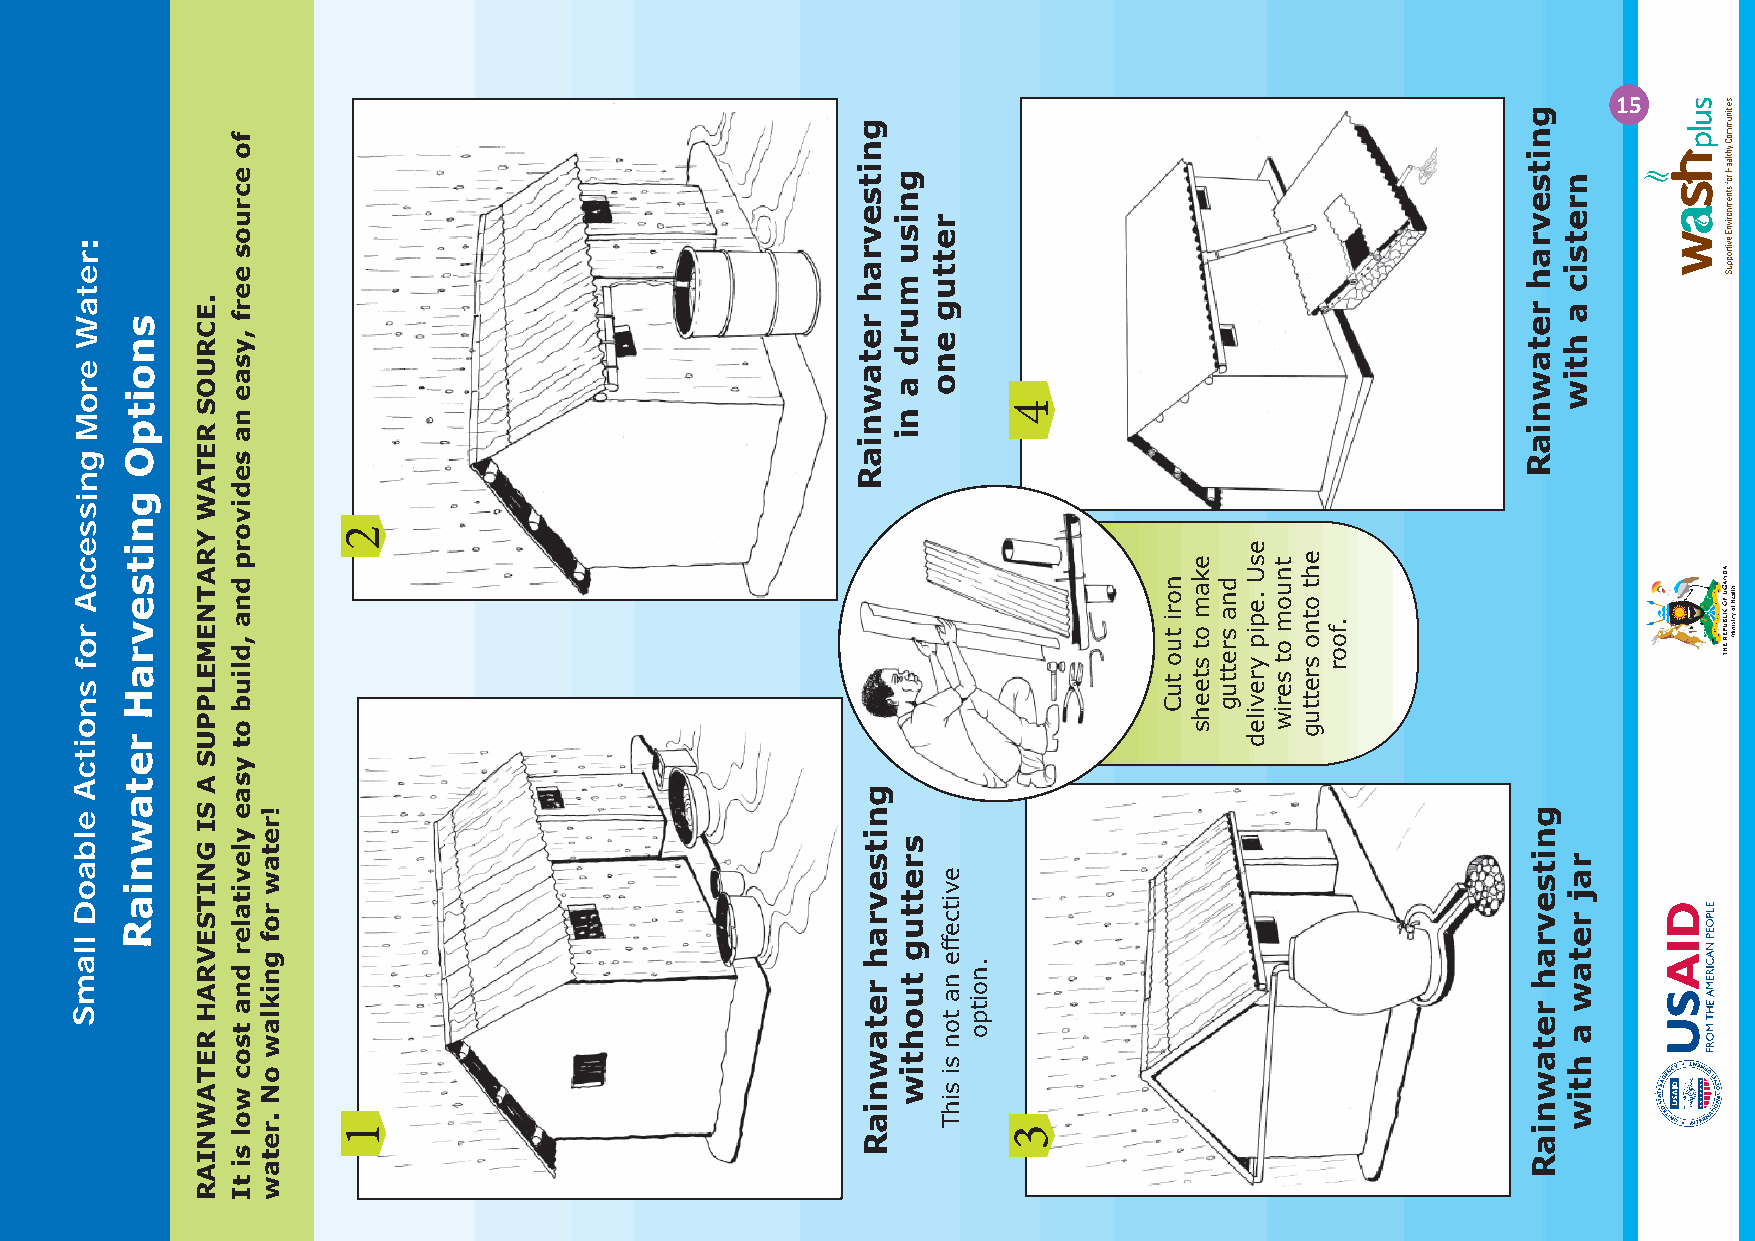
15
 :
 r
 e
 t
 a
 W  s
 n
 e  o
 r
 o  i t M p
 g  O
 n
 i  g
 s
 s  n
 e  i
 c  t
 c  s
 A  e
 r  v
 o  r
 f  a
 s
 H
 n
 o
 i  r
 t  e c
 A  t
 a
 e
 w
 l b
 a  n
 o  i
 D  a
 R
 l
 l a
 m
 S
 .ECRUOS
 RETAW
 YRATNEMELPPUS
 A
 SI
 GNITSEVRAH
 RETAWNIAR
 fo
 ecruos
 eerf
 ,ysae
 na
 sedivorp
 dna
 ,dliub
 ot
 ysae
 ylevitaler
 dna
 tsoc
 wol
 si
 tI
 !retaw
 rof
 gniklaw
 oN
 .retaw
 2
 1
 gnitsevrah
 retawniaR
 gnitsevrah
 retawniaR
 gnisu
 murd
 a
 ni
 srettug
 tuohtiw
 rettug
 eno
 evitce
 ffe
 na
 ton
 si
 sihT
 .noitpo
 4
 3
 nori
 tuo
 tuC
 ekam
 ot
 steehs
 dna
 srettug
 esU
 .epip
 yreviled
 tnuom
 ot
 seriw
 eht
 otno
 srettug
 .foor
 gnitsevrah
 retawniaR
 gnitsevrah
 retawniaR
 nretsic
 a
 htiw
 raj
 retaw
 a
 htiw
 ADNAGU
 FO
 CILBUPER
 EHT
 htlaeH
 fo yrtsiniM